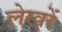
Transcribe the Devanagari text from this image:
लेखोंं